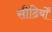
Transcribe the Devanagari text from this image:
सीढियोँ